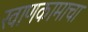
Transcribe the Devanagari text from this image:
खाणकामाचा